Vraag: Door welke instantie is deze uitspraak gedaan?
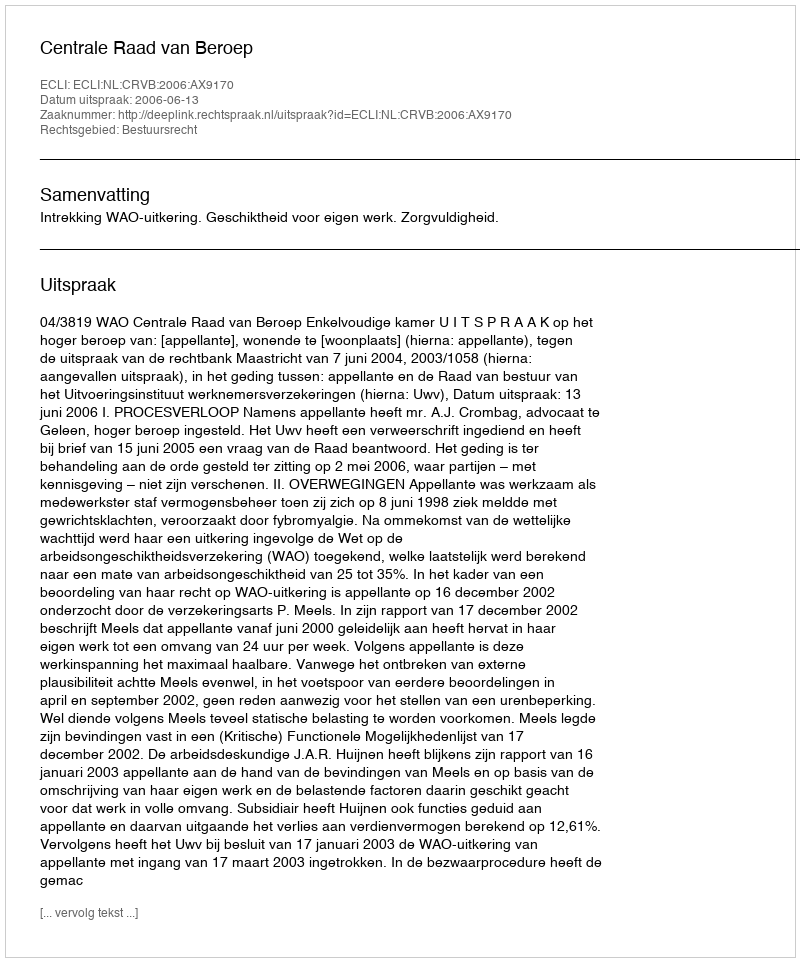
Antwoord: Centrale Raad van Beroep